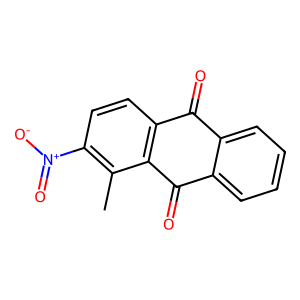
SMILES: Cc1c([N+](=O)[O-])ccc2c1C(=O)c1ccccc1C2=O
Inhibits HIV replication: No